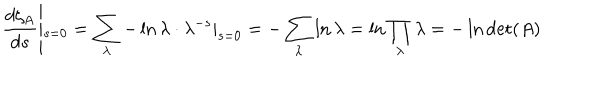
\frac { d \zeta _ { A } } { d s } \left| _ { s = 0 } = \sum _ { \lambda } - \ln \lambda \cdot \lambda ^ { - s } | _ { s = 0 } = - \sum _ { \lambda } \ln \lambda = \ln \prod _ { \lambda } \lambda = - \ln \det ( A ) \right.